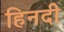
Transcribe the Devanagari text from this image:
हिनदी